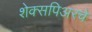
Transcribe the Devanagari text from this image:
शेक्सपिअरचे